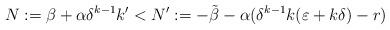
LaTeX: \begin{align*}N:=\beta+\alpha\delta^{k-1}k'< N':={-\tilde{\beta}-\alpha(\delta^{k-1}k(\varepsilon +k\delta)-r)}\end{align*}